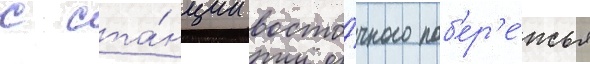
с ста́нции восто́чного поб'ер'е́жья